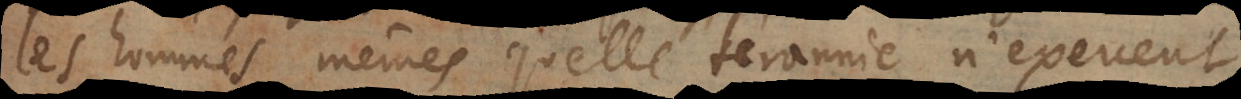
les hommes mêmes quelle tirannie n’exercent